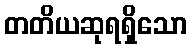
တတိယဆုရရှိသော